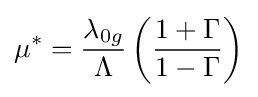
\mu ^{*}={\frac {\lambda _{0g}}{\Lambda }}\left({\frac {1+\Gamma }{1-\Gamma }}\right)